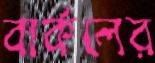
বার্কলের